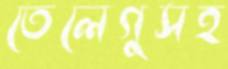
তেলেগুসহ